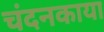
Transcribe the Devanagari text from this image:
चंदनकाया